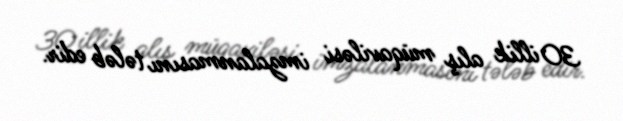
30 illik alış müqaviləsi imzalanmasını tələb edir.